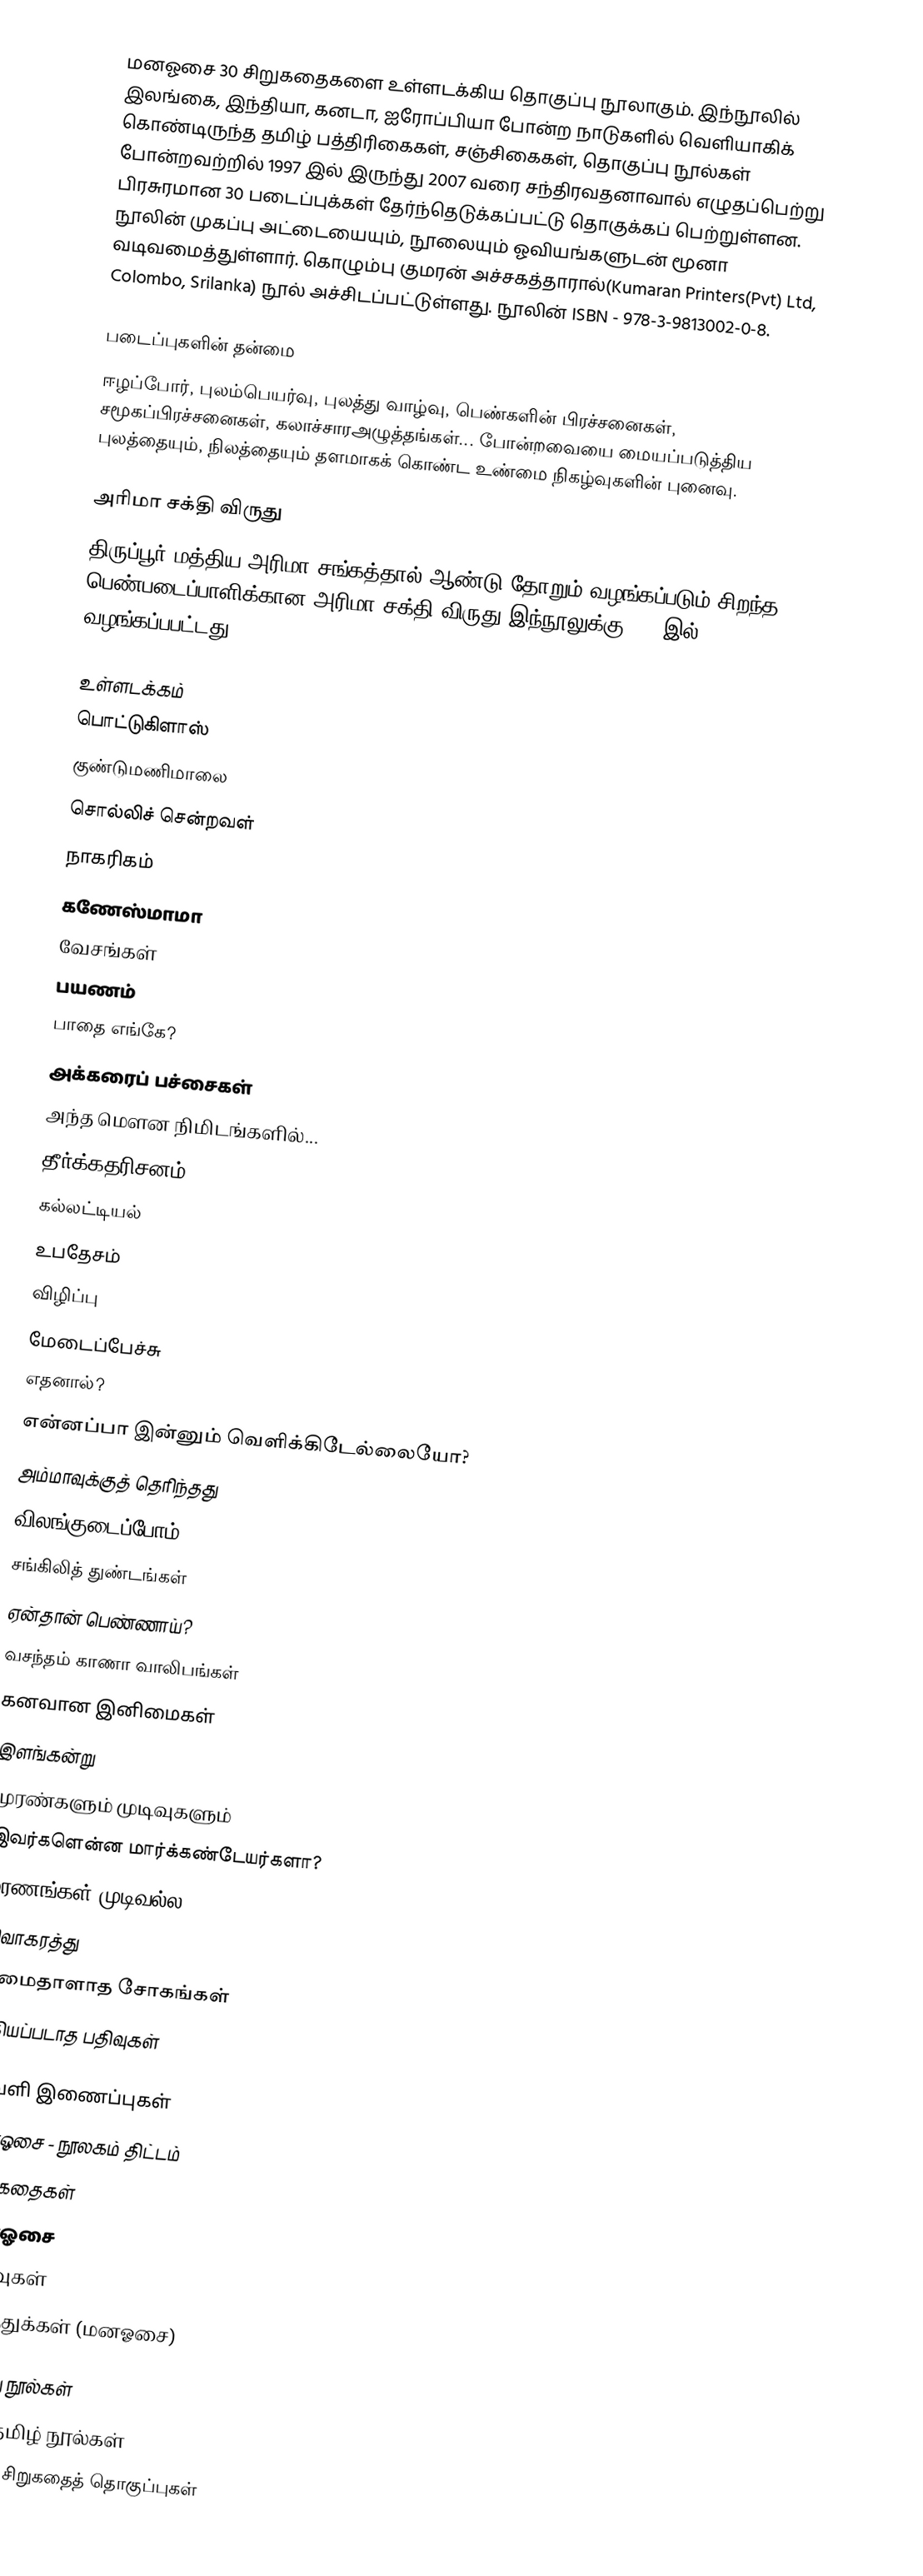
மனஓசை  30 சிறுகதைகளை உள்ளடக்கிய தொகுப்பு நூலாகும். இந்நூலில் இலங்கை, இந்தியா, கனடா, ஐரோப்பியா போன்ற நாடுகளில் வெளியாகிக் கொண்டிருந்த தமிழ் பத்திரிகைகள், சஞ்சிகைகள், தொகுப்பு நூல்கள் போன்றவற்றில் 1997 இல் இருந்து 2007 வரை  சந்திரவதனாவால் எழுதப்பெற்று பிரசுரமான 30 படைப்புக்கள் தேர்ந்தெடுக்கப்பட்டு தொகுக்கப் பெற்றுள்ளன. நூலின் முகப்பு அட்டையையும், நூலையும் ஓவியங்களுடன் மூனா வடிவமைத்துள்ளார். கொழும்பு குமரன் அச்சகத்தாரால்(Kumaran Printers(Pvt) Ltd, Colombo, Srilanka) நூல் அச்சிடப்பட்டுள்ளது. நூலின் ISBN - 978-3-9813002-0-8.

படைப்புகளின் தன்மை
ஈழப்போர், புலம்பெயர்வு, புலத்து வாழ்வு, பெண்களின் பிரச்சனைகள், சமூகப்பிரச்சனைகள், கலாச்சாரஅழுத்தங்கள்... போன்றவையை மையப்படுத்திய புலத்தையும், நிலத்தையும் தளமாகக் கொண்ட உண்மை நிகழ்வுகளின் புனைவு.

அரிமா சக்தி விருது
திருப்பூர் மத்திய அரிமா சங்கத்தால் ஆண்டு தோறும் வழங்கப்படும் சிறந்த பெண்படைப்பாளிக்கான அரிமா சக்தி விருது இந்நூலுக்கு 2008இல் வழங்கப்பபட்டது.,

உள்ளடக்கம்
 பொட்டுகிளாஸ்
 குண்டுமணிமாலை
 சொல்லிச் சென்றவள்
 நாகரிகம்
 கணேஸ்மாமா
 வேசங்கள்
 பயணம்
 பாதை எங்கே?
 அக்கரைப் பச்சைகள்
 அந்த மௌன நிமிடங்களில்...
 தீர்க்கதரிசனம்
 கல்லட்டியல்
 உபதேசம்
 விழிப்பு
 மேடைப்பேச்சு
 எதனால்?
 என்னப்பா இன்னும் வெளிக்கிடேல்லையோ?
 அம்மாவுக்குத் தெரிந்தது
 விலங்குடைப்போம்
 சங்கிலித் துண்டங்கள்
 ஏன்தான் பெண்ணாய்?
 வசந்தம் காணா வாலிபங்கள்
 கனவான இனிமைகள்
 இளங்கன்று
 முரண்களும் முடிவுகளும்
 இவர்களென்ன மார்க்கண்டேயர்களா?
 மரணங்கள் முடிவல்ல
 விவாகரத்து
 சுமைதாளாத சோகங்கள்
 பதியப்படாத பதிவுகள்

வெளி இணைப்புகள்
 மனஓசை - நூலகம் திட்டம்
 சிறுகதைகள்
 மனஓசை
 பதிவுகள்
 கருத்துக்கள் (மனஓசை)

ஈழத்து நூல்கள்
2007 தமிழ் நூல்கள்
தமிழ்ச் சிறுகதைத் தொகுப்புகள்